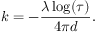
k = - \frac { \lambda \log ( \tau ) } { 4 \pi d } .